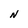
Character: N